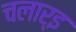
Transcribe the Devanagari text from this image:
चलार्इ